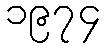
၁၉၇၄